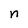
Character: n